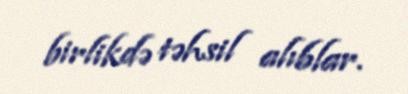
birlikdə təhsil alıblar.